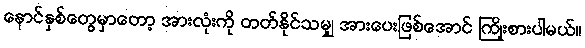
နောင်နှစ်တွေမှာတော့ အားလုံးကို တတ်နိုင်သမျှ အားပေးဖြစ်အောင် ကြိုးစားပါမယ်။